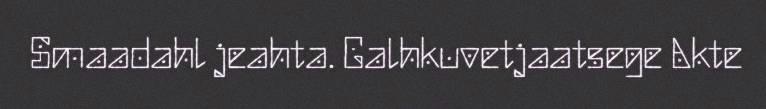
Smaadahl jeahta. Galhkuvetjaatsege Akte